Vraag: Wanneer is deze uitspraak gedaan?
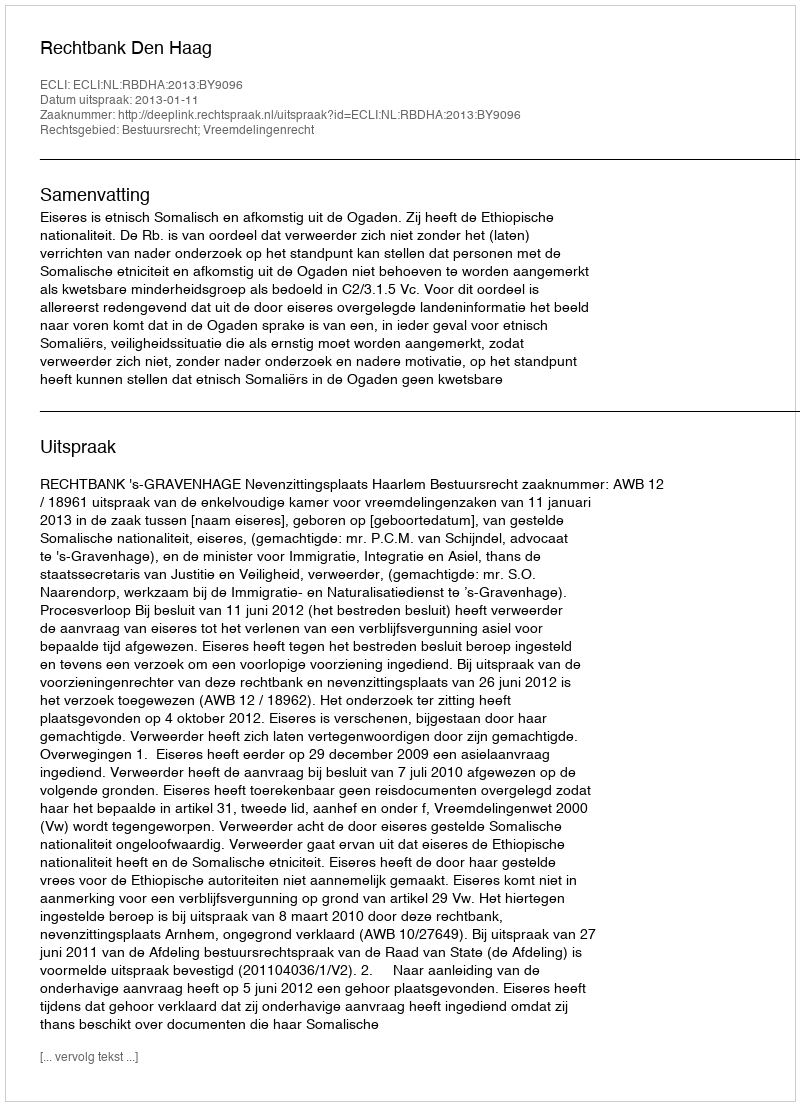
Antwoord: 2013-01-11